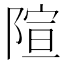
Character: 𫕍